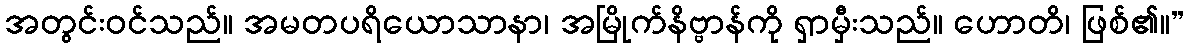
အတွင်းဝင်သည်။ အမတပရိယောသာနာ၊ အမြိုက်နိဗ္ဗာန်ကို ရှာမှီးသည်။ ဟောတိ၊ ဖြစ်၏။”